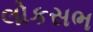
લોકસભ